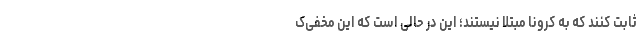
ثابت کنند که به کرونا مبتلا نیستند؛ این در حالی است که این مخفی‌ک